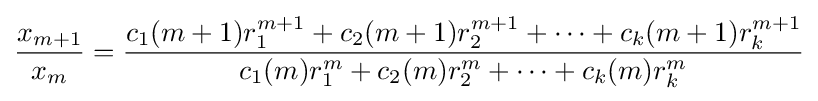
{\frac {x_{m+1}}{x_{m}}}={\frac {c_{1}(m+1)r_{1}^{m+1}+c_{2}(m+1)r_{2}^{m+1}+\dots +c_{k}(m+1)r_{k}^{m+1}}{c_{1}(m)r_{1}^{m}+c_{2}(m)r_{2}^{m}+\dots +c_{k}(m)r_{k}^{m}}}